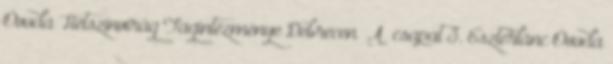
Óvoda Hétszínvirág Tagintézménye Debrecen „A” csapat 3. Eszterlánc Óvoda